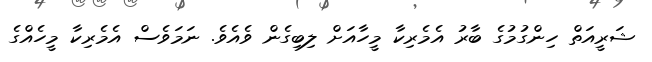
ޝަރީއަތް ހިންގުމުގެ ބާރު އެމެރިކާ މީހާއަށް ލިބިގެން ވެއެވެ. ނަމަވެސް އެމެރިކާ މީހެއްގެ